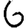
Digit: 6